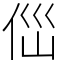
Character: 㑎